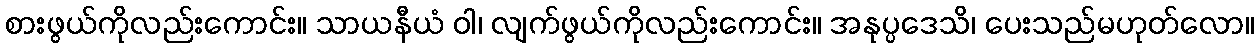
စားဖွယ်ကိုလည်းကောင်း။ သာယနီယံ ဝါ၊ လျက်ဖွယ်ကိုလည်းကောင်း။ အနုပ္ပဒေသိ၊ ပေးသည်မဟုတ်လော။